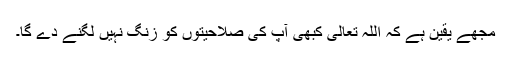
مجھے یقین ہے کہ اللہ تعالیٰ کبھی آپ کی صلاحیتوں کو زنگ نہیں لگنے دے گا۔